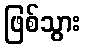
ဖြစ်သွား